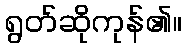
ရွတ်ဆိုကုန်၏။